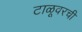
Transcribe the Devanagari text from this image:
टाळूवरची